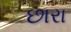
છારા